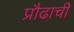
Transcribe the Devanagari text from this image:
प्रौढाची